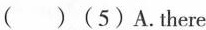
( )(5)A.There